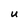
Character: U